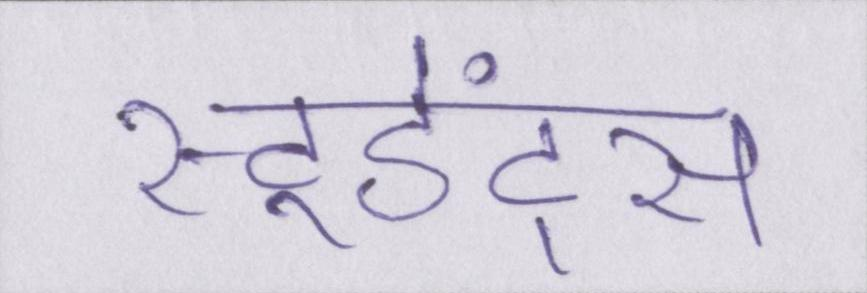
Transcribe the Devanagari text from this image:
स्टूडेंट्स